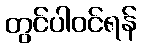
တွင်ပါဝင်ရန်